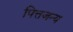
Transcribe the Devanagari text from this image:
पित्तजन्य